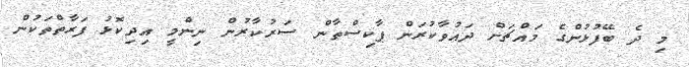
މި ދެ ބޭފުޅުންގެ މައްޗަށް ދައުވާކުރަން ޕާކިސްތާން ސަރުކާރުން ނިންމީ އިދިކޮޅު ފަރާތްތަކުން